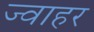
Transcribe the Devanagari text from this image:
ज्वाहर